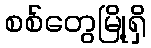
စစ်တွေမြို့ရှိ